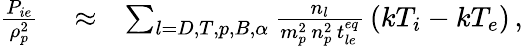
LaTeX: \begin{array}{rlr}{\frac{P_{ie}}{\rho_{p}^{2}}}&{{}\approx}&{\sum_{l=D,T,p,B,\alpha}\frac{n_{l}}{m_{p}^{2}\, n_{p}^{2}\, t_{le}^{eq}}\, \left(kT_{i}-kT_{e}\right)\, ,}\end{array}